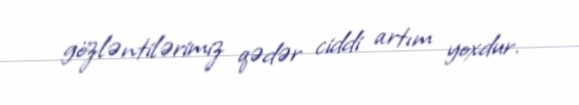
gözləntilərimiz qədər ciddi artım yoxdur.